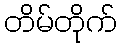
တိမ်တိုက်